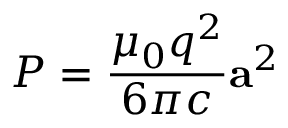
P = { \frac { \mu _ { 0 } q ^ { 2 } } { 6 \pi c } } \mathbf { a } ^ { 2 }